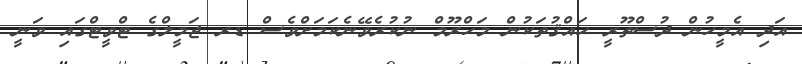
އަދި އެމީހުން ދުސްތޫރީ ޙައްޤުތަކުން މަހްރޫމް ނުކުރެވޭނެކަމަށްވެސް ޑރ ޖަމީލްގެ ޓްވީޓްގައި ވަނީ